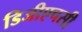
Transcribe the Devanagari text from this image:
डिजीएचसी